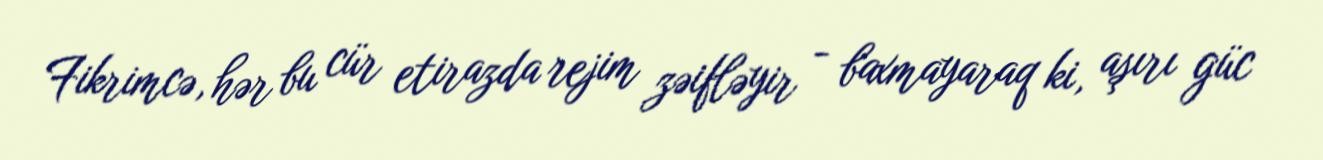
Fikrimcə, hər bu cür etirazda rejim zəifləyir - baxmayaraq ki, aşırı güc